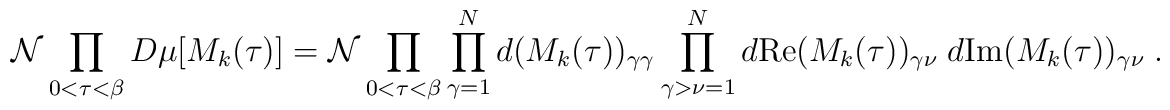
{\cal N}\prod_{0<\tau<\beta} D\mu[M_k(\tau)] ={\cal N}\prod_{0<\tau<\beta}\prod_{\gamma=1}^Nd(M_k(\tau))_{\gamma\gamma}\prod_{\gamma > \nu =1}^N d \mbox{Re} (M_k(\tau))_{\gamma\nu} \;d \mbox{Im}(M_k(\tau))_{\gamma \nu} \; .